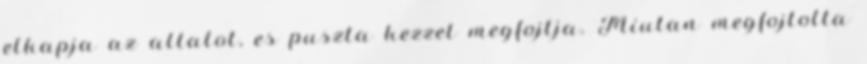
elkapja az allatot, es puszta kezzel megfojtja. Miutan megfojtotta